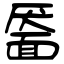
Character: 靥